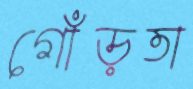
গোঁড়তা